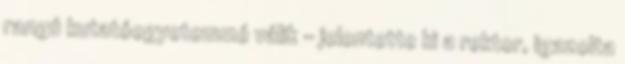
rangú kutatóegyetemmé válik – jelentette ki a rektor, igazolta